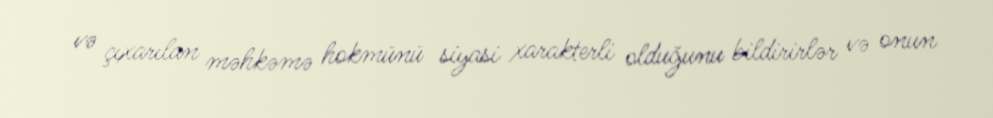
və çıxarılan məhkəmə hokmünü siyasi xarakterli olduğunu bildirirlər və onun